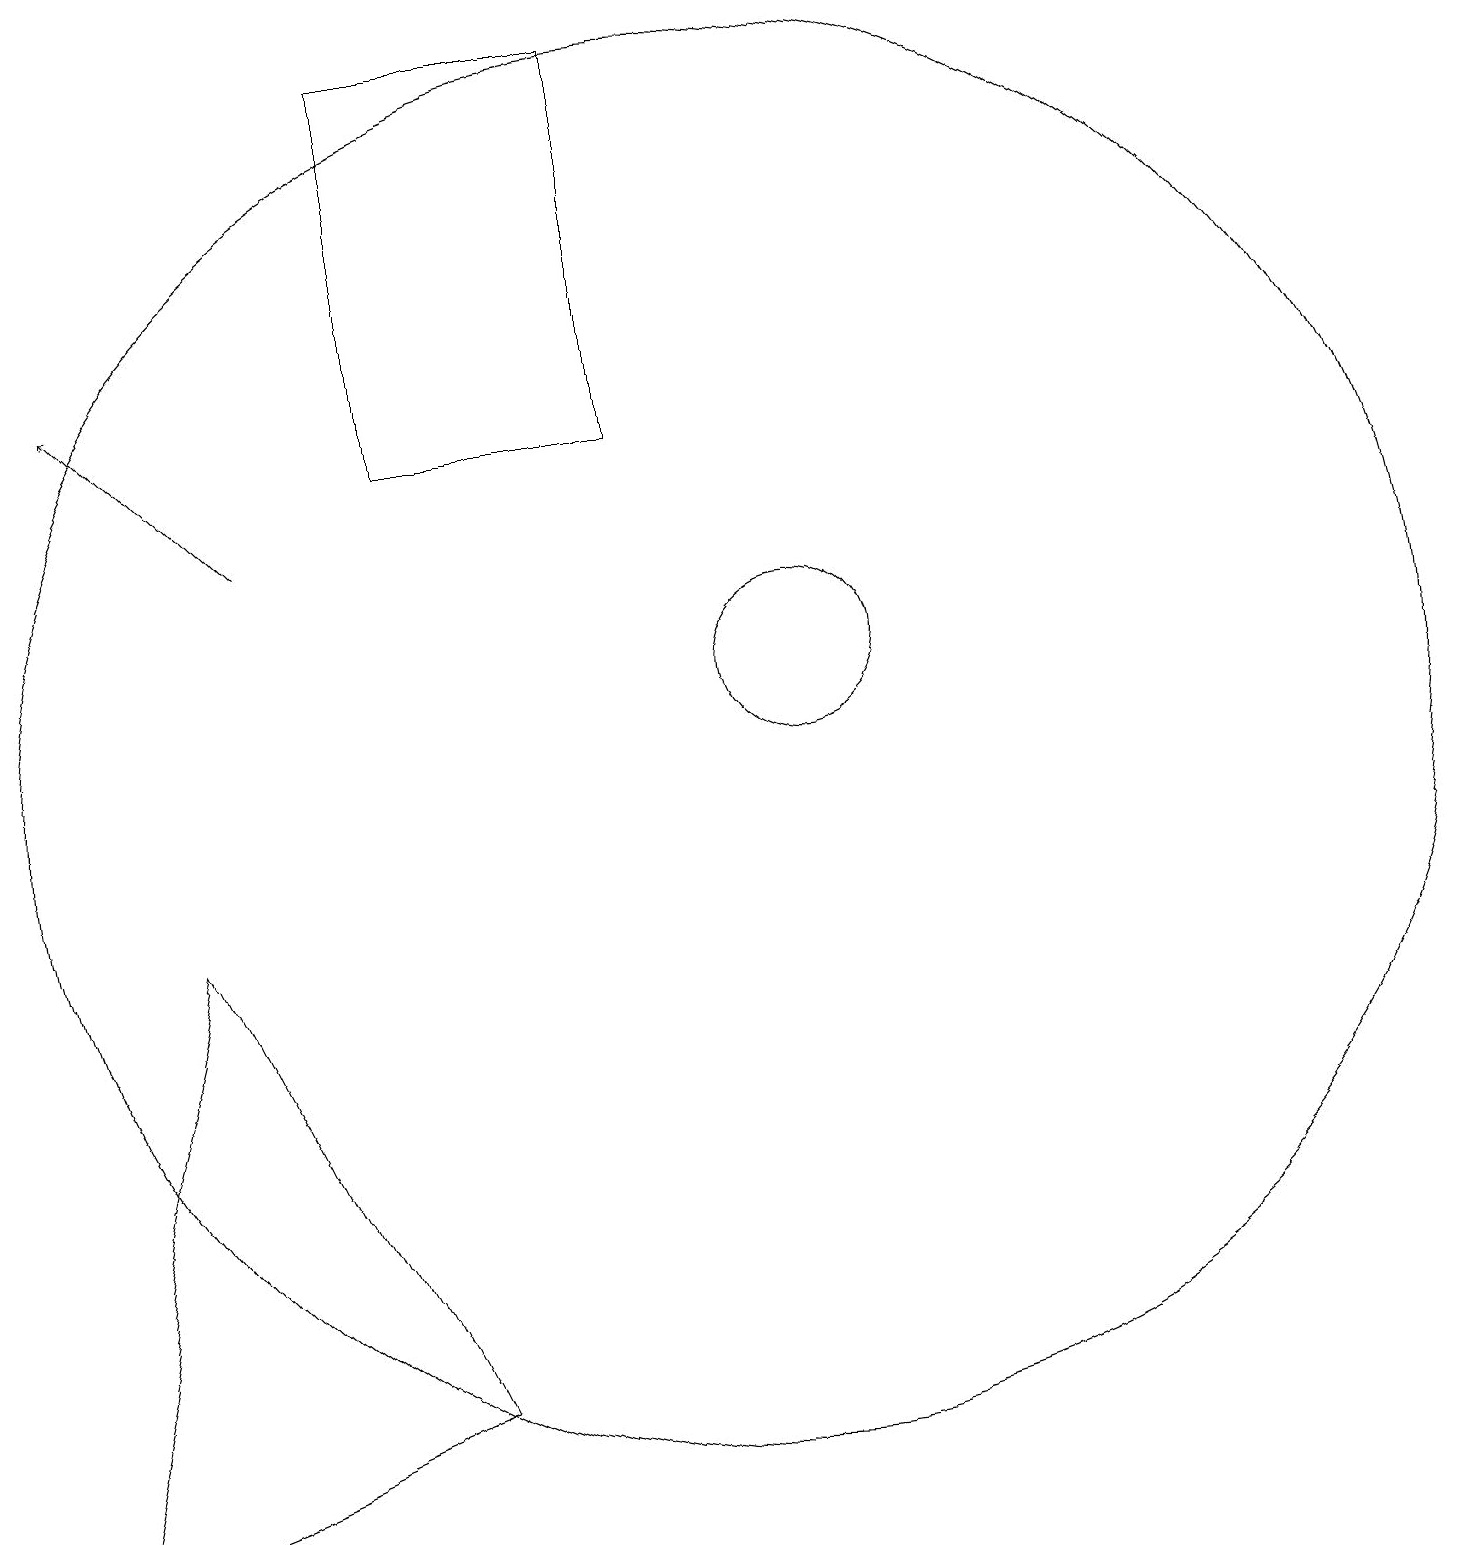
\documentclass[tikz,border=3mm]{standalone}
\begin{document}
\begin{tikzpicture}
\draw (10,10) circle (9);
\draw (1,0) -- (6,2) -- (3,8) -- cycle;
\draw (6,19) rectangle (9,14);
\draw (11,11) circle (1);
\draw[->] (4,13) -- (2,15);
\draw[->] (1,16) -- (1,15);
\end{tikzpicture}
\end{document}